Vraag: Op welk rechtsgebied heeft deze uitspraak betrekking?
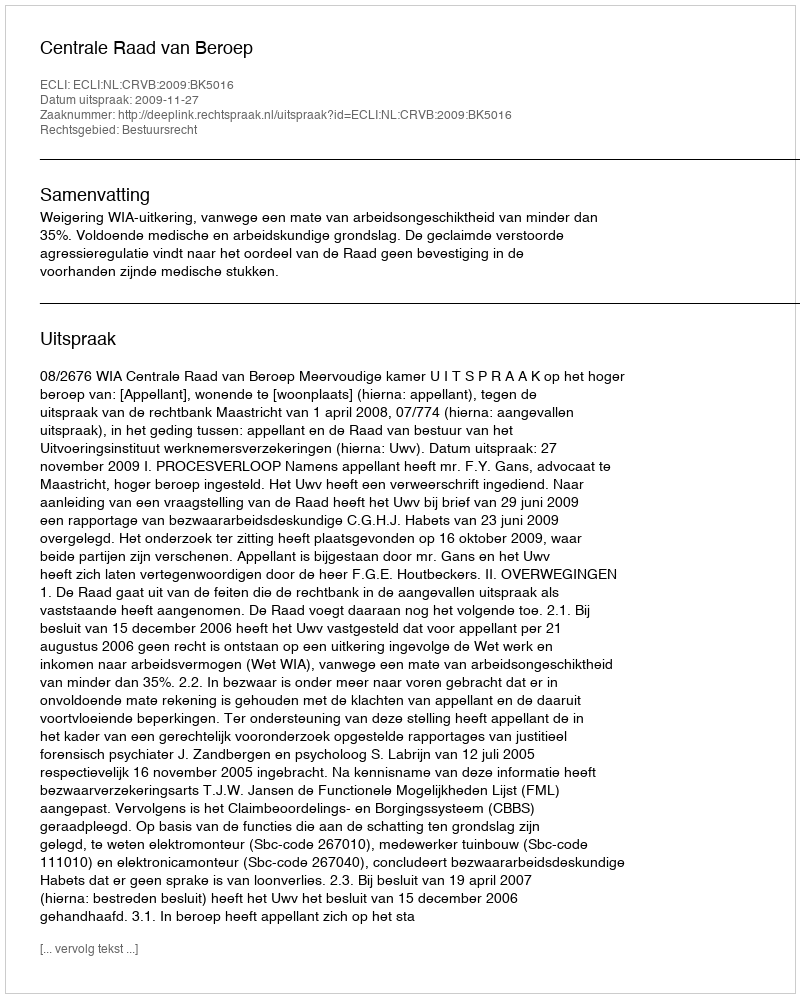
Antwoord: Bestuursrecht